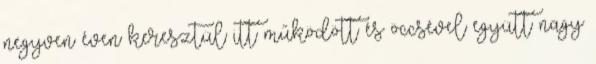
negyven éven keresztül itt működött és öccsével együtt nagy